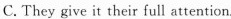
C.They give it their full attention.